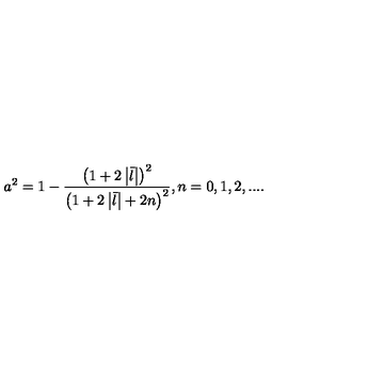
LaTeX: a ^ { 2 } = 1 - \frac { \left( 1 + 2 \left| \bar { l } \right| \right) ^ { 2 } } { \left( 1 + 2 \left| \bar { l } \right| + 2 n \right) ^ { 2 } } , n = 0 , 1 , 2 , . . . .